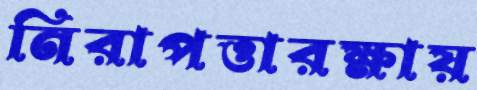
নিরাপত্তারক্ষায়